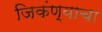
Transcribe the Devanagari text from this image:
जिकंण्याचा